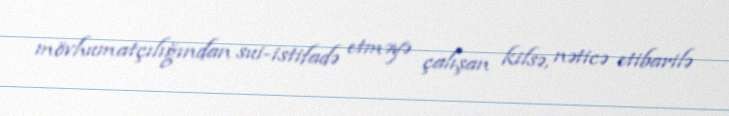
mövhumatçılığından sui-istifadə etməyə çalışan kilsə, nəticə etibarilə